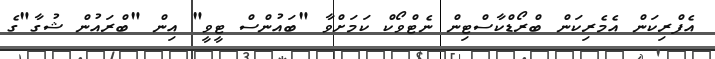
އެފްރިކަން އެމެރިކަން ބްރޯޑްކާސްޓިން ނެޓްވޯކް ކަމަށްވާ "ބައުންސް ޓީވީ" އިން "ބްރައުން ޝުގާ"ގެ